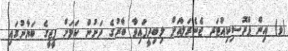
(ވ) އިން ޕްރޮސިކިއުޓަރ ޖެނެރަލްއަށް ލިބިދީފައިވާ ބާރުގެ ދަށުން ކަމަށް ޕީޖީގެ ބަޔާނުގައި